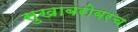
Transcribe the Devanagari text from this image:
सुखाबरोबरच